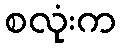
စလုံးက